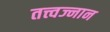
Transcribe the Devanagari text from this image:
तत्त्वज्नान